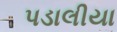
પડાલીયા